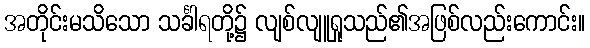
အတိုင်းမသိသော သင်္ခါရတို့၌ လျစ်လျူရှုသည်၏အဖြစ်လည်းကောင်း။